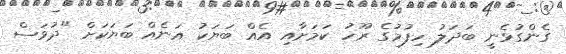
ގެންގުޅެނީ ބަދަލު ހިފުމުގެ ރޫހު ކަމަށާއި އެއް ބަޔަކު އަނެއް ބަޔަކަށް "ދުވަސް